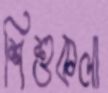
শিশুকলা